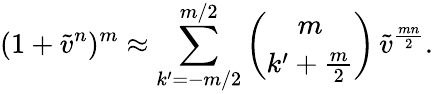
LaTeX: (1+\tilde{v}^{n})^{m}\approx\sum_{k^{\prime}=-m/2}^{m/2}\binom{m}{k^{\prime}+\frac{m}{2}}\, \tilde{v}^{\frac{mn}{2}}.